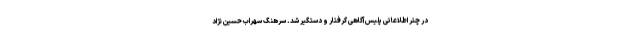
در چتر اطلاعاتی پلیس آگاهی گرفتار و دستگیر شد. سرهنگ سهراب حسین نژاد